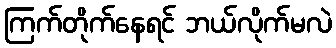
ကြက်တိုက်နေရင် ဘယ်လိုက်မလဲ